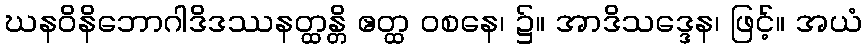
ဃနဝိနိဘောဂါဒိဒဿနတ္ထန္တိ ဧတ္ထ ဝစနေ၊ ၌။ အာဒိသဒ္ဒေန၊ ဖြင့်။ အယံ